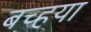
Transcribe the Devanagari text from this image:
बच्हया